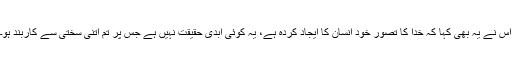
اُس نے یہ بھی کہا کہ خدا کا تصور خود انسان کا ایجاد کردہ ہے، یہ کوئی ابدی حقیقت نہیں ہے جس پر تم اتنی سختی سے کاربند ہو۔